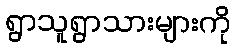
ရွာသူရွာသားများကို